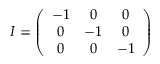
{ \cal { I } } = \left( { \begin{array} { c c c } { - 1 } & { 0 } & { 0 } \\ { 0 } & { - 1 } & { 0 } \\ { 0 } & { 0 } & { - 1 } \end{array} } \right)